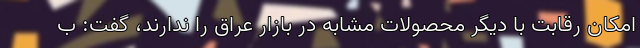
امکان رقابت با دیگر محصولات مشابه در بازار عراق را ندارند، گفت: ب